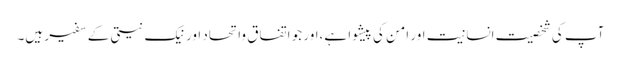
آپ کی شخصیت انسانیت اور امن کی پیشوا ہے،اور جو اتفاق واتحاد اور نیک نیتی کے سفیر ہیں۔